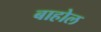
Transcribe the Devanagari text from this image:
बाहोल